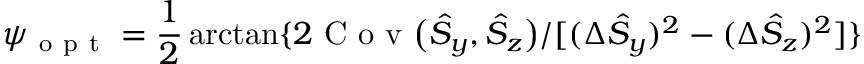
\psi _ { \mathrm { ~ o ~ p ~ t ~ } } = \frac { 1 } { 2 } \arctan \{ 2 \mathrm { ~ C ~ o ~ v ~ } \big ( \hat { S } _ { y } , \hat { S } _ { z } \big ) / [ ( \Delta \hat { S } _ { y } ) ^ { 2 } - ( \Delta \hat { S } _ { z } ) ^ { 2 } ] \}